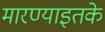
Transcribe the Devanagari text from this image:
मारण्याइतके